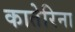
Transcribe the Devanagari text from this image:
कातेरिना